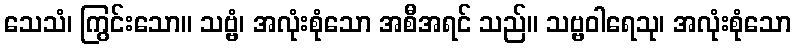
သေသံ၊ ကြွင်းသော။ သဗ္ဗံ၊ အလုံးစုံသော အစီအရင် သည်။ သဗ္ဗဝါရေသု၊ အလုံးစုံသော